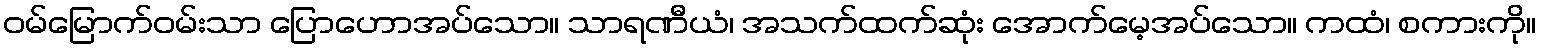
ဝမ်မြောက်ဝမ်းသာ ပြောဟောအပ်သော။ သာရဏီယံ၊ အသက်ထက်ဆုံး အောက်မေ့အပ်သော။ ကထံ၊ စကားကို။